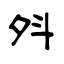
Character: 斘